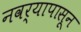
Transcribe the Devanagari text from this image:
नवर्यापासून